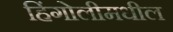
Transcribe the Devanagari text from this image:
हिंगोलीमधील